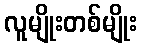
လူမျိုးတစ်မျိုး